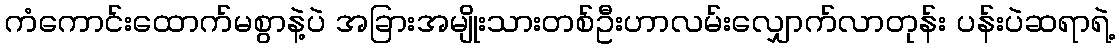
ကံကောင်းထောက်မစွာနဲ့ပဲ အခြားအမျိုးသားတစ်ဦးဟာလမ်းလျှောက်လာတုန်း ပန်းပဲဆရာရဲ့